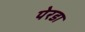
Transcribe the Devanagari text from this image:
पेरडा